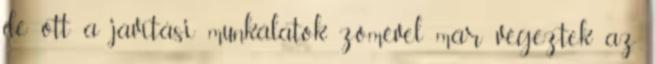
de ott a javítási munkálatok zömével már végeztek az